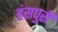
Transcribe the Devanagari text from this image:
हंसपुरी